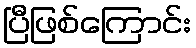
ပြီဖြစ်ကြောင်း